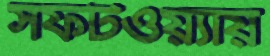
সফটওয়্যায়